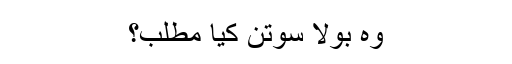
وہ بولا سوتن کیا مطلب؟